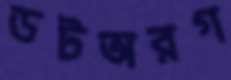
ডটঅরগ